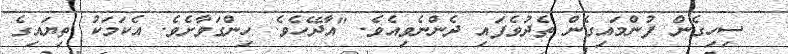
ސިހިގެން ފުންމައިގެން ތެދުވެފައި ދެންނެވިއެވެ. "އާދޭހެވެ. ހިންގަވާށެވެ. އެކަމަކު ތިޔައިގެ